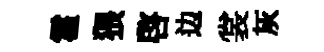
霍猥啓边裳灰